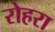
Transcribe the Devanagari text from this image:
रोहरा